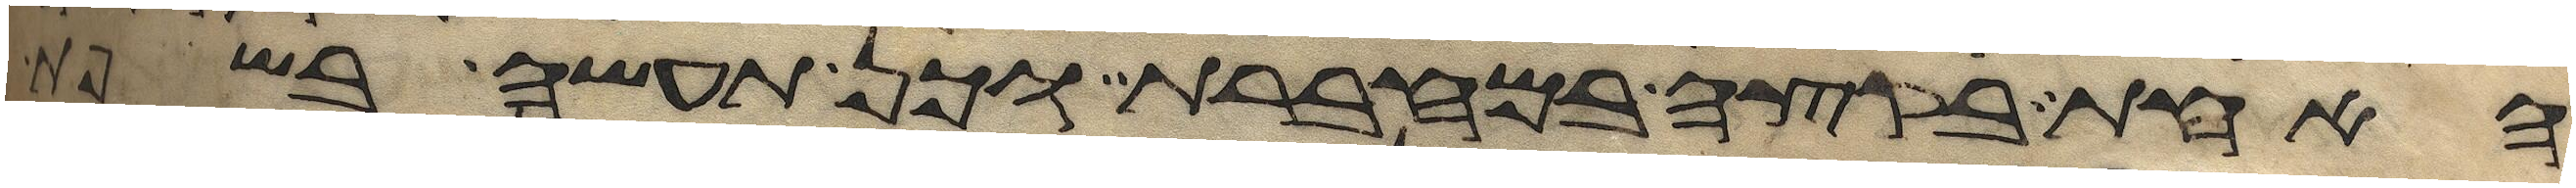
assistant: האחת בקצה במחברת וכן תעשה בשפת